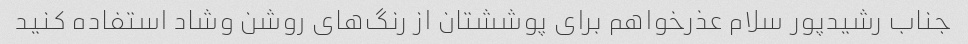
جناب رشیدپور سلام عذرخواهم برای پوششتان از رنگ‌های روشن وشاد استفاده کنید